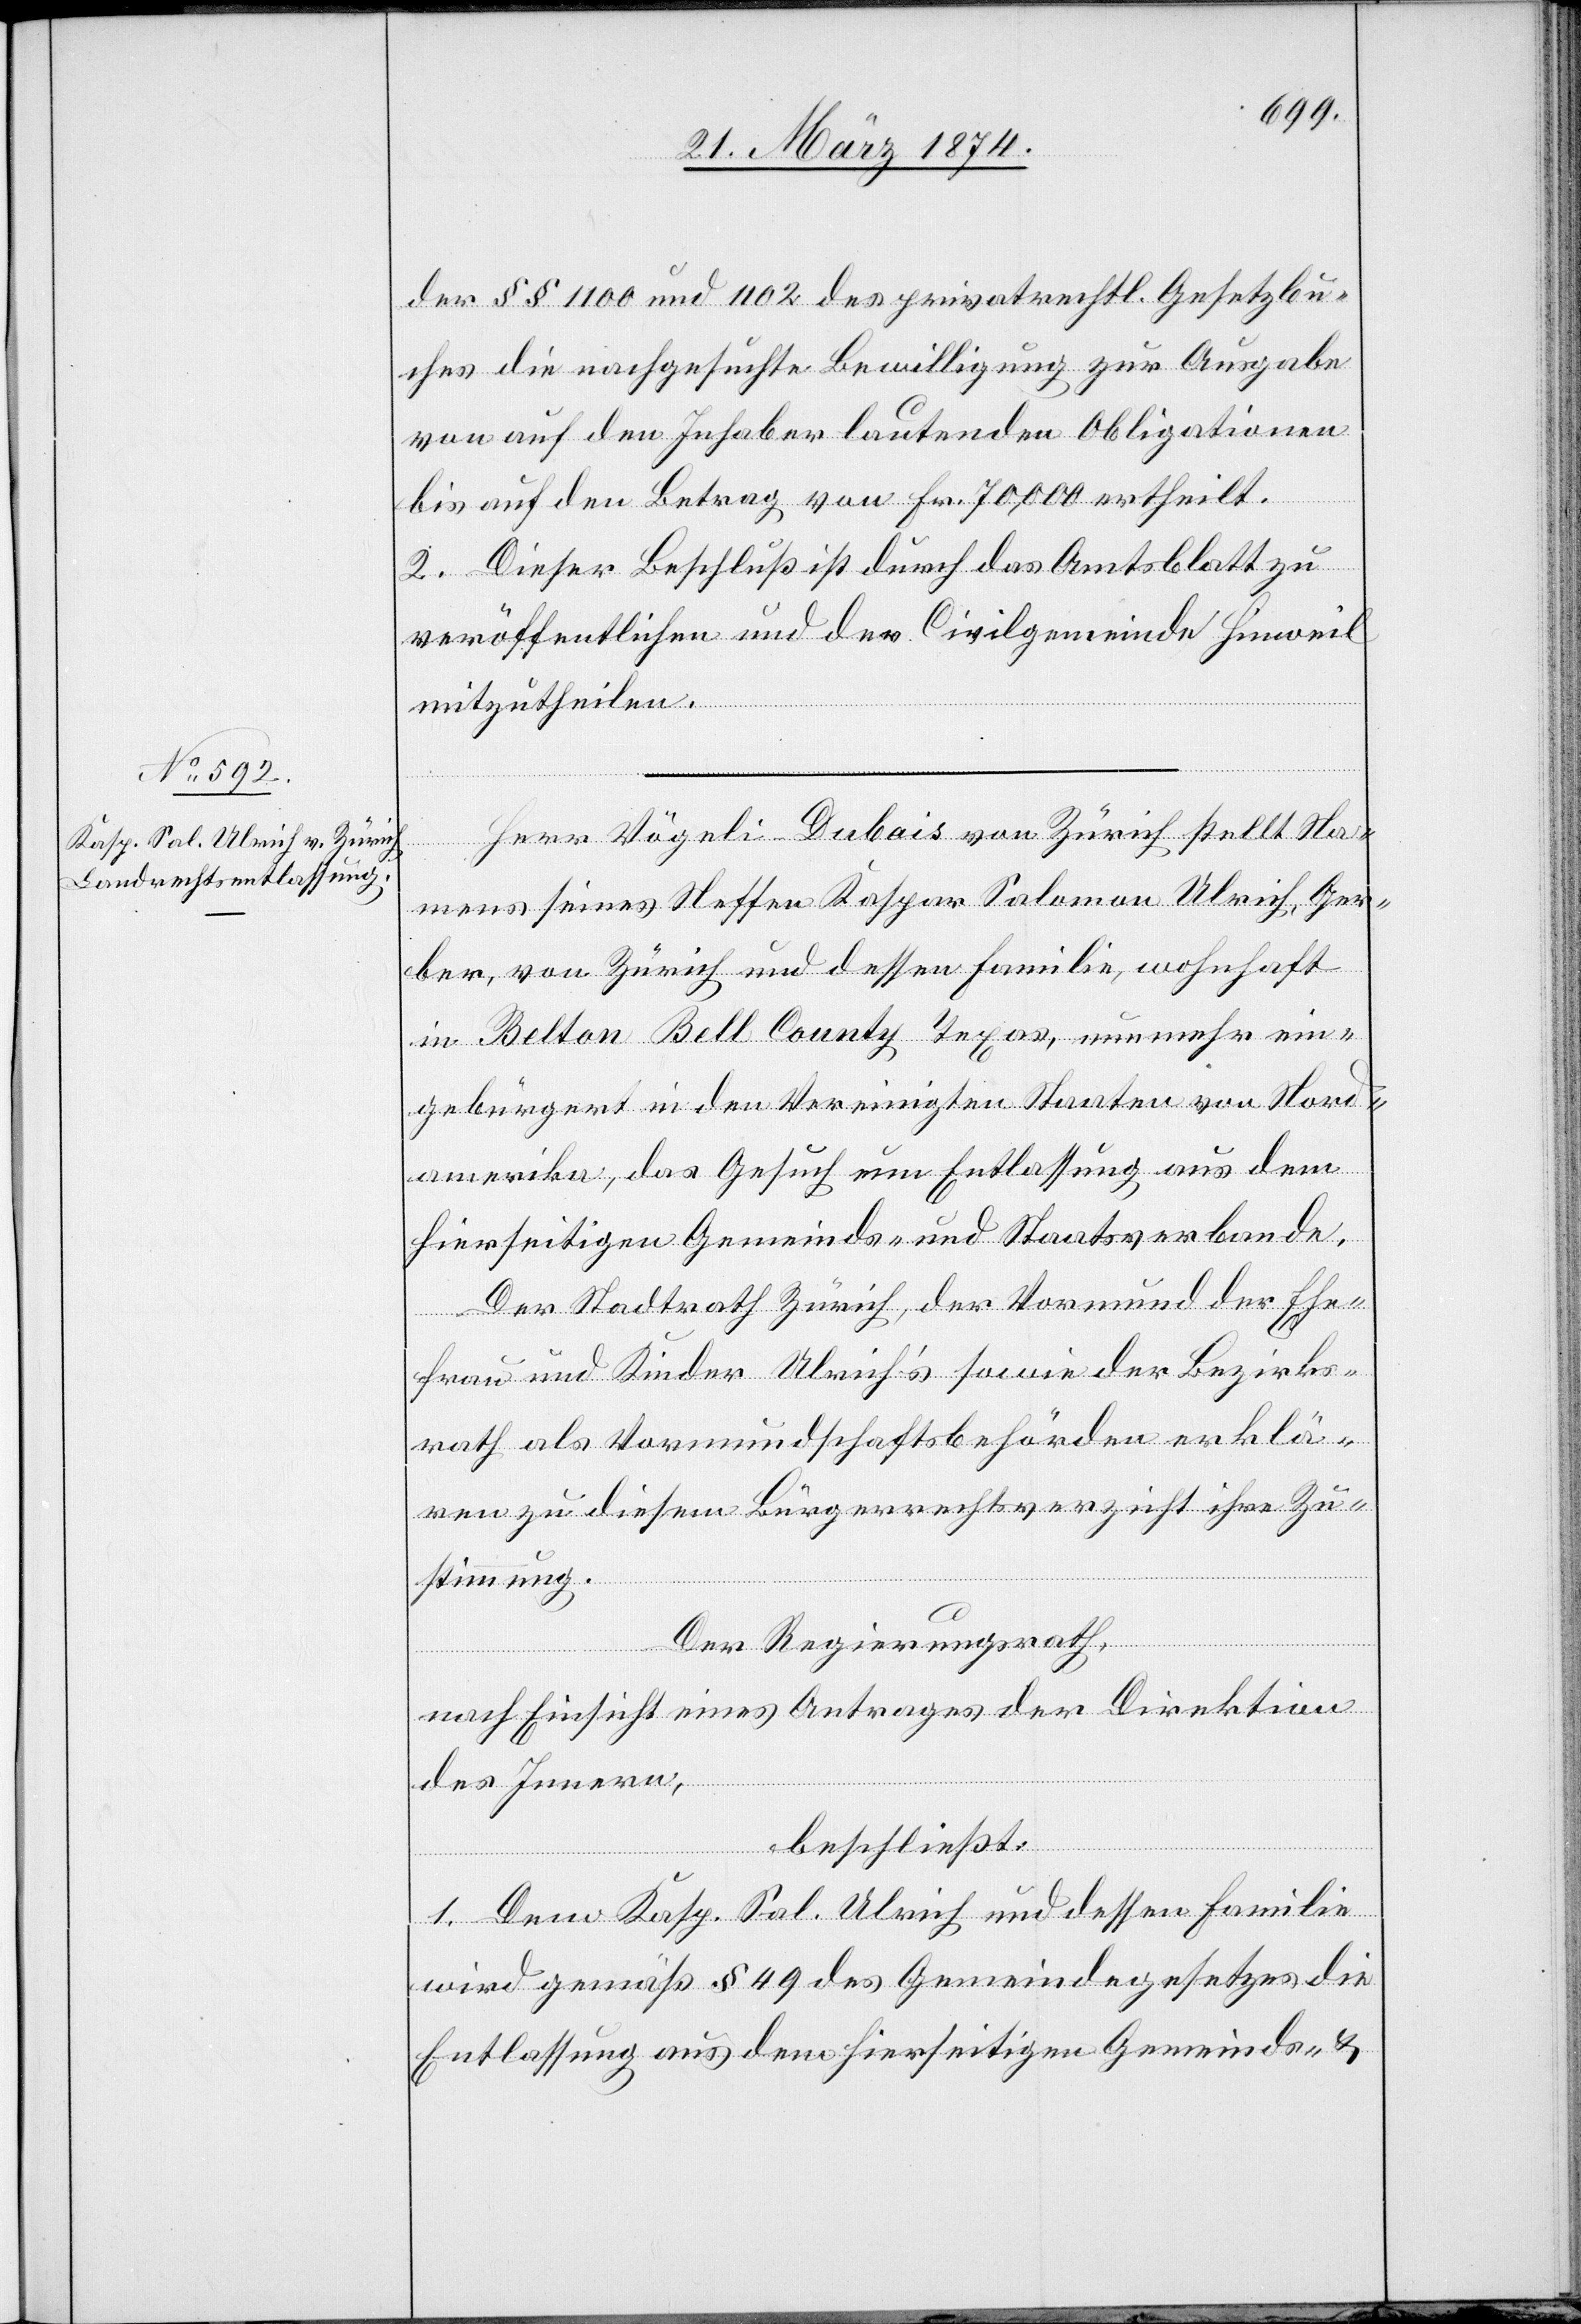
der §§ 1100 und 1102 des privatrechtl. Gesetzbu¬
ches die nachgesuchte Bewilligung zur Ausgabe
von auf den Inhaber lautenden Obligationen
bis auf den Betrag von Fr. 70,000 ertheilt.
2. Dieser Beschluß ist durch das Amtsblatt zu
veröffentlichen und der Civilgemeinde Hinweil
mitzutheilen.
Herr Vögeli-Dubois von Zürich stellt Na¬
mens seines Neffen Kaspar Salomon Ulrich, Ger¬
ber, von Zürich und dessen Familie, wohnhaft
in Belton Bell County Texas, nunmehr ein¬
gebürgert in den Vereinigten Staaten von Nord¬
amerika, das Gesuch um Entlassung aus dem
hierseitigen Gemeinds- und Staatsverbande.
Der Stadtrath Zürich, der Vormund der Ehe¬
frau und Kinder Ulrich’s sowie der Bezirks¬
rath als Vormundschaftsbehörden erklä¬
ren zu diesem Bürgerrechtsverzicht ihre Zu¬
stimmung.
Der Regierungsrath,
nach Einsicht eines Antrages der Direktion
des Innern,
beschließt:
1. Dem Kasp. Sal. Ulrich und dessen Familie
wird gemäß § 49 des Gemeindegesetzes die
Entlassung aus dem hierseitigen Gemeinde- u.